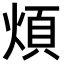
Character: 煩